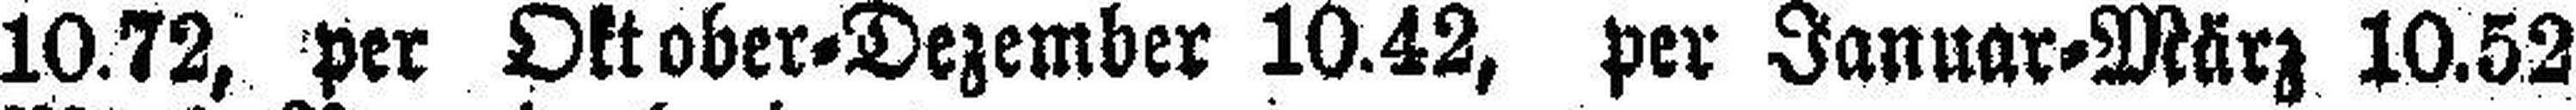
10.72, per Oktober=Dezember 10.42, per Januar=März 10.52